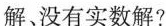
解、没有实数解?